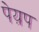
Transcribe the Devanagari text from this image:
पेय़प